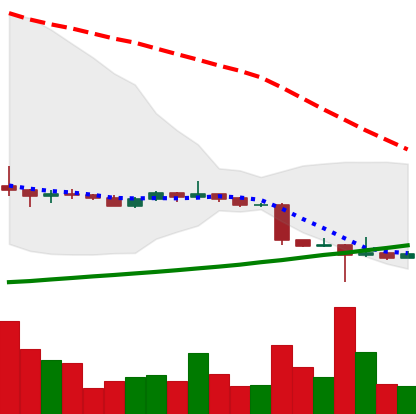
Ticker: ETC-USD
Chart end date: 2022-10-16
Forward return: -4.672%
Label: down_3_5